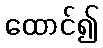
ထောင်၍